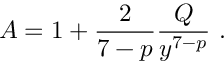
A = 1 + \frac { 2 } { 7 - p } \frac { Q } { y ^ { 7 - p } } \ .